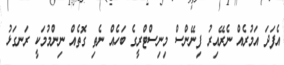
އެފަދަ އަމުރެއް ނެރޭއިރު ފިނޭންސް މިނިސްޓްރީގެ ބަހެއް ނެތި ގޮތެއް ނިންމުމަކީ ރަނގަޅު